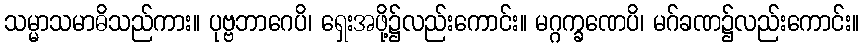
သမ္မာသမာဓိသည်ကား။ ပုဗ္ဗဘာဂေပိ၊ ရှေးအဖို့၌လည်းကောင်း။ မဂ္ဂက္ခဏေပိ၊ မဂ်ခဏ၌လည်းကောင်း။